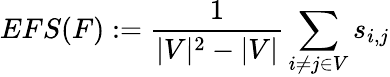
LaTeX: EFS(F):=\frac{1}{|V|^{2}-|V|}\sum_{i\neq j\in V}s_{i,j}